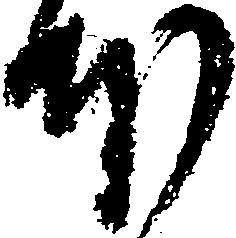
本